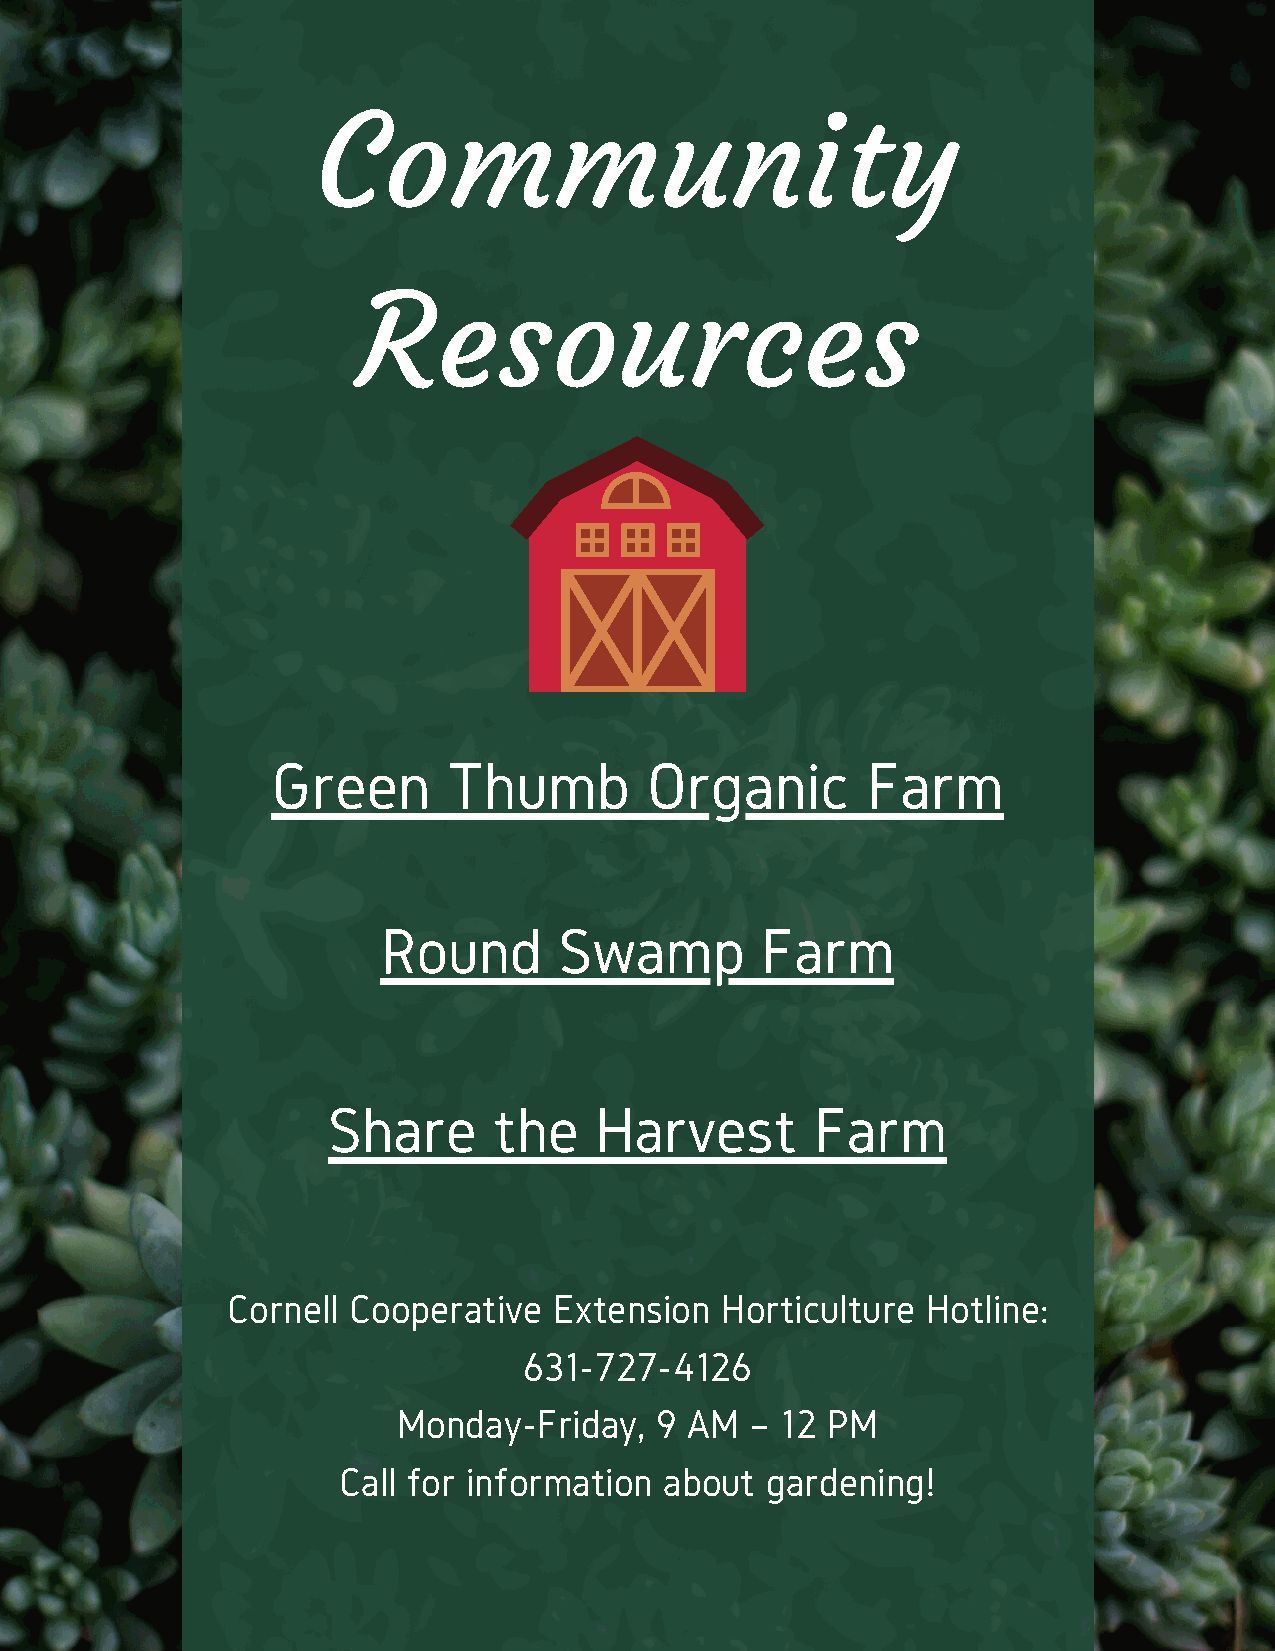
Community
 Resources
 Green       Thumb        Organic       Farm
 Round       Swamp        Farm
 Share      the   Harvest        Farm
 Cornell Cooperative   Extension  Horticulture Hotline:
 631-727-4126
 Monday-Friday,   9 AM   – 12 PM
 Call for information  about  gardening!